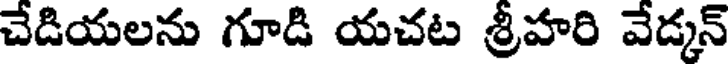
చేడియలను గూడి యచట శ్రీహరి వేడ్కన్